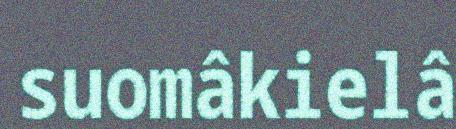
suomâkielâ